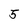
Character: 5